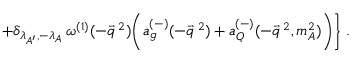
+ \delta _ { \lambda _ { A ^ { \prime } } , - \lambda _ { A } } \, \omega ^ { ( 1 ) } ( - \vec { q } ^ { \: 2 } ) \biggl ( a _ { g } ^ { ( - ) } ( - \vec { q } ^ { \: 2 } ) + a _ { Q } ^ { ( - ) } ( - \vec { q } ^ { \: 2 } , m _ { A } ^ { 2 } ) \biggr ) \biggr \} \; .